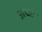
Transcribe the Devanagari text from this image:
अचछे